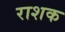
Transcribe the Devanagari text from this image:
राशक